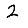
Digit: 2